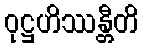
ဝုဋ္ဌဟိဿန္တီတိ